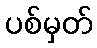
ပစ်မှတ်